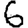
Digit: 6